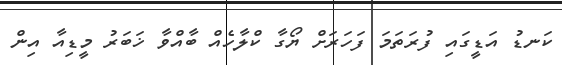
ކަނޑު އަޑީގައި ފުރަތަމަ ފަހަރަށް ޔޯގާ ކްލާހެއް ބާއްވާ ޚަބަރު މީޑިއާ އިން